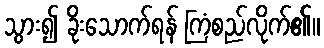
သွား၍ ခိုးသောက်ရန် ကြံစည်လိုက်၏။